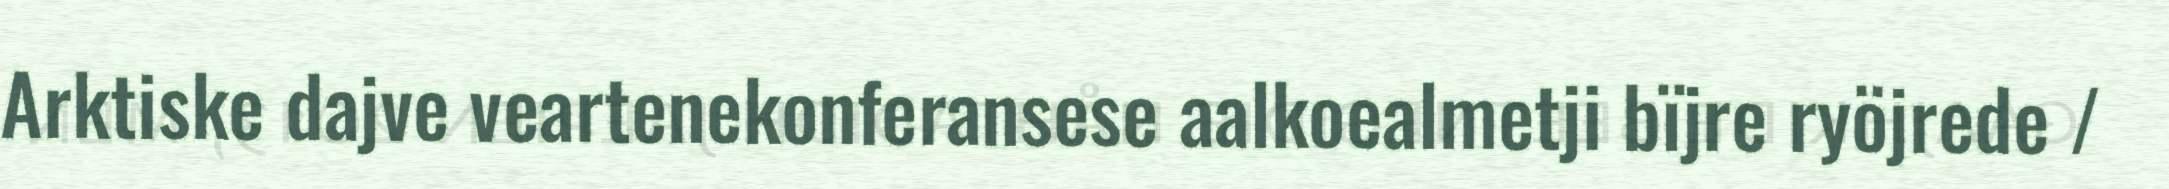
Arktiske dajve veartenekonferansese aalkoealmetji bïjre ryöjrede /